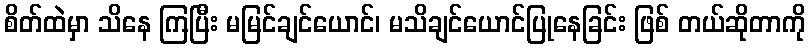
စိတ်ထဲမှာ သိနေ ကြပြီး မမြင်ချင်ယောင်၊ မသိချင်ယောင်ပြုနေခြင်း ဖြစ် တယ်ဆိုတာကို